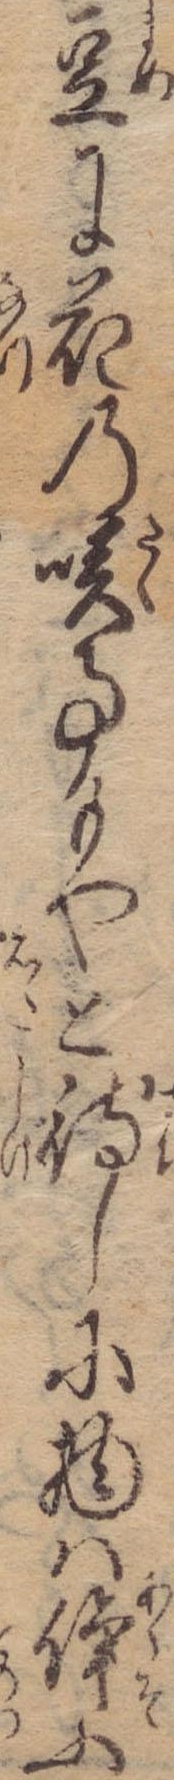
豆に花の咲事もやと待しに物は諍ふ